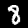
Label: 8